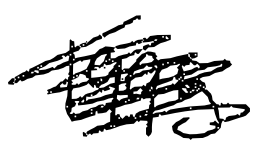
Text: 1995
Cross-out: scratch
Writing tool: digital_black